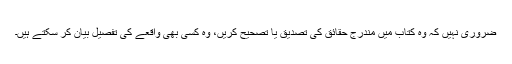
ضروری نہیں کہ وہ کتاب میں مندرج حقائق کی تصدیق یا تصحیح کریں، وہ کسی بھی واقعے کی تفصیل بیان کر سکتے ہیں۔